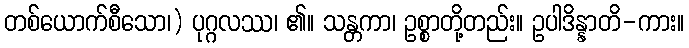
တစ်ယောက်စီသော၊) ပုဂ္ဂလဿ၊ ၏။ သန္တကာ၊ ဥစ္စာတို့တည်း။ ဥပါဒိန္နာတိ-ကား။